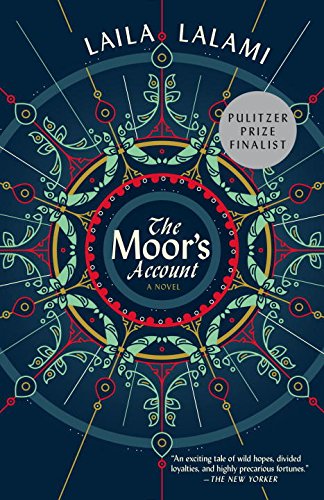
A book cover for The Moor's Account; Laila Lalami; Literature & Fiction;